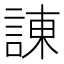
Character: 諌